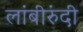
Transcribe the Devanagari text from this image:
लांबीरुंदी